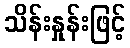
သိန်းနှုန်းဖြင့်